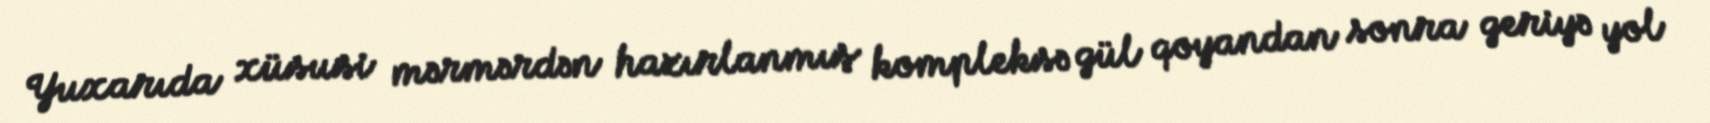
Yuxarıda xüsusi mərmərdən hazırlanmış kompleksə gül qoyandan sonra geriyə yol